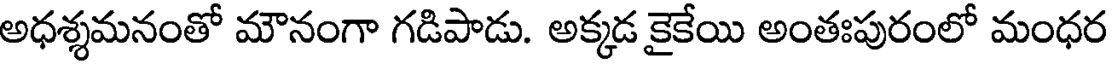
అధశ్శమనంతో మౌనంగా గడిపాడు. అక్కడ కైకేయి అంతఃపురంలో మంధర